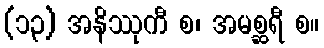
(၁၃) အနိဿုကီ စ၊ အမစ္ဆရီ စ။